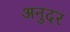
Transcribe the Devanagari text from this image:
अनुदर